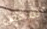
شخص